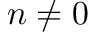
n \neq 0